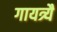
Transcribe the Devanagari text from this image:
गायत्र्यै